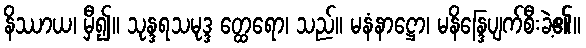
နိဿာယ၊ မှီ၍။ သုန္ဒရသမုဒ္ဒ တ္ထေရော၊ သည်။ မနံနာဋ္ဌော၊ မနိန္ဒြေပျက်စီးခဲ့၏။